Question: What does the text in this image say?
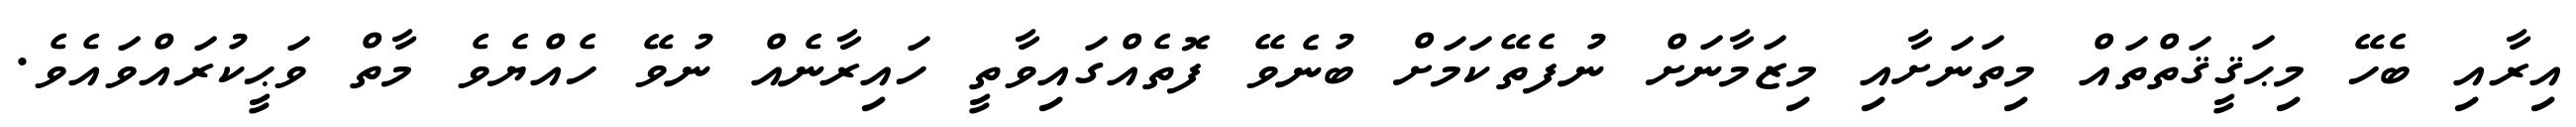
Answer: އިރާއި ބެހޭ މިޙަޤީޤަތްތައް މިތަނަށާއި މިޒަމާނަށް ނުފެތޭކަމަށް ބުނެވޭ ފޮތެއްގައިވާތީ ހައިރާނެއް ނުވޭ ހެއްޔެވެ މާތް ވަޙީކުރައްވައެވެ.